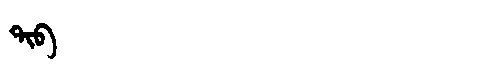
Manchu: ᡨᡳᠪ
Romanization: TIB